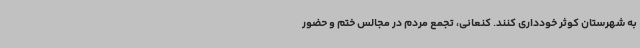
به شهرستان کوثر خودداری کنند. کنعانی، تجمع مردم در مجالس ختم و حضور